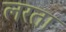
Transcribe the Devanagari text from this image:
लरता